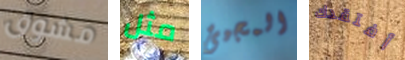
مشوق مثل المجيئ أفتقدك